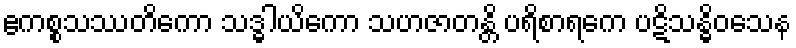
ဧကစ္စသဿတိကော သဒ္ဓါယိကော သဟဇာတန္တိ ပရိစာရကေ ပဋိသန္ဓိဝသေန